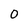
Character: 0